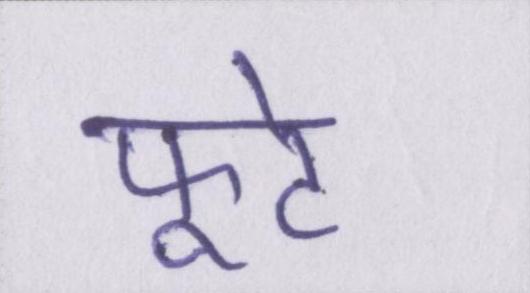
फूटे